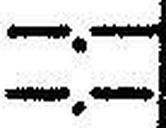
—.—